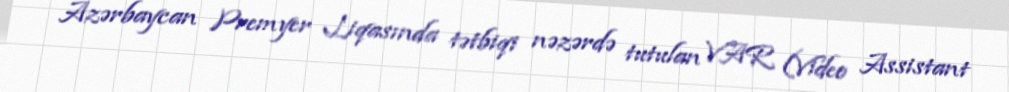
Azərbaycan Premyer Liqasında tətbiqi nəzərdə tutulan VAR (Video Assistant